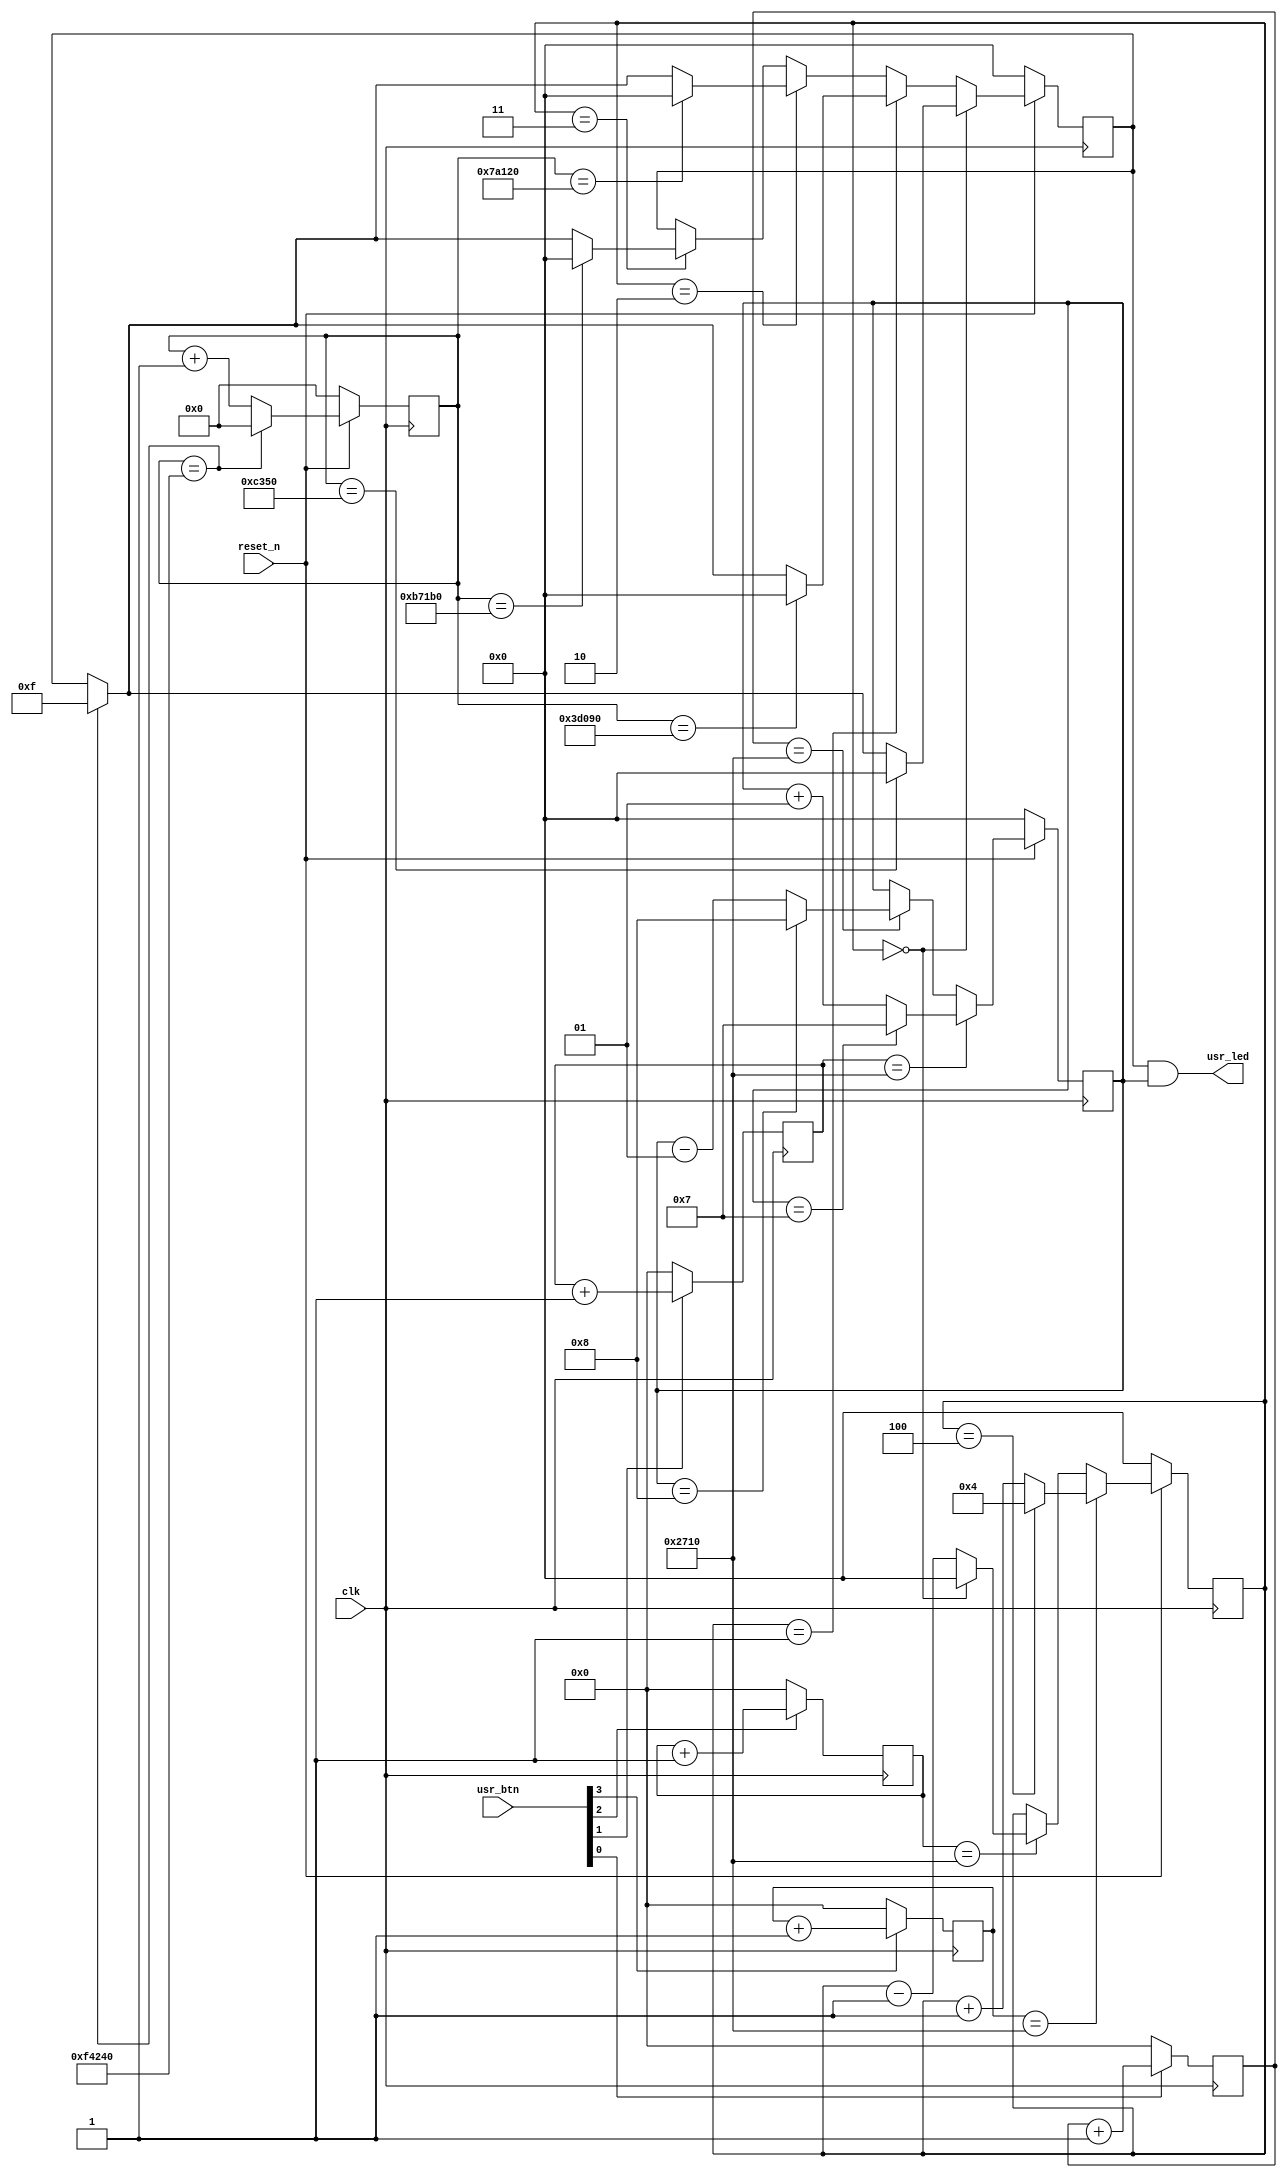
`timescale 1ns / 1ps
//////////////////////////////////////////////////////////////////////////////////
// Company: 
// Engineer: 
// 
// Design Name: 
// Module Name: lab3
// Project Name: 
// Target Devices: 
// Tool Versions: 
// Description: 
// 
// Dependencies: 
// 
// Revision:
// Revision 0.01 - File Created
// Additional Comments:
// 
//////////////////////////////////////////////////////////////////////////////////


module lab3(
  input  clk,            // System clock at 100 MHz
  input  reset_n,        // System reset signal, in negative logic
  input  [3:0] usr_btn,  // Four user pushbuttons
  output [3:0] usr_led   // Four yellow LEDs
);

/*
aaa     usr_btn     b   counter
0000    1             0   1
0001    0                  0
0010    1                  1
            0
            1                  1
            1                  2
            1                  3
1111    1                  4

assign b = &aaa
*/
reg signed [3:0] onf;
reg [30:0] cnt0, cnt1, cnt2, cnt3;
reg [3:0] bright;
reg [20:0] counter;
reg [3:0] light;

assign usr_led = light & onf; //& light;

//reg [100] aaa

//aaa[100]=aaa[100 1], usr btn

always @(posedge clk)
begin
   if(usr_btn[0])
      cnt0 = cnt0 + 1;
   else
      cnt0 = 0;
end

always @(posedge clk)
begin
   if(usr_btn[1])
      cnt1 = cnt1 +1;
   else
      cnt1 = 0;
end

always @(posedge clk)
begin
   if(usr_btn[2])
      cnt2 = cnt2 +1;
   else
      cnt2 = 0;
end

always @(posedge clk)
begin
   if(usr_btn[3])
      cnt3 = cnt3 +1;
   else
      cnt3 = 0;
end

always @(posedge clk)
begin
   if(reset_n == 0)
      onf = 0;
   else if(cnt1 == 10000)
   begin
      if(onf == 7)
         onf = 7;
      else
         onf = onf + 1;
   end
   else if(cnt0 == 10000)
   begin
      if(onf == -8)
         onf = -8;
      else
         onf = onf - 1;
    end
    else 
       onf = onf;
end

always @(posedge clk)
begin
   if(reset_n == 0)
      bright = 0;
   else if(cnt3 == 10000)
   begin
      if(bright == 4)
         bright = 4;
      else
         bright = bright + 1;
   end
   else if(cnt2 == 10000)
   begin
      if(bright == 0)
         bright = 0;
      else
         bright = bright - 1;
   end
   else
      bright = bright;
end

always @(posedge clk)
begin
   if(reset_n == 0)
      counter = 0;
   else if(counter == 1000000)
      counter = 0;
   else
      counter = counter +1;
end

always @(posedge clk)
begin
   if(reset_n == 0)
      light = 0;
   else if(bright == 0) //5%
   begin
      if(counter == 50000)
         light = 0; 
      else if(counter == 1000000)
         light = -1;
      else
         light = light;
   end      
   else if(bright == 1)  //25%
   begin
      if(counter == 250000)
         light = 0;
      else if(counter == 1000000)
         light = -1;
      else
         light = light;
   end   
   else if(bright == 2)  //50%
   begin
      if(counter == 500000)
         light = 0;
      else if(counter == 1000000)
         light = -1;
      else
         light = light;
   end   
   else if(bright == 3)  //75%
   begin
      if(counter == 750000)
         light = 0;
      else if(counter == 1000000)
         light = -1;
      else
         light = light;
   end
end

endmodule